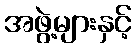
အဖွဲ့များနှင့်